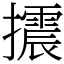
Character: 𢸍